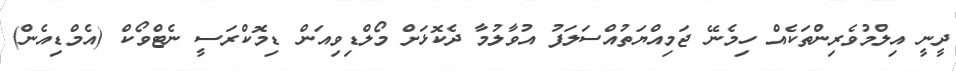
ދީނީ އިލްމުވެރިންތަކެއް ހިމެނޭ ޖަމިއްޔަތުއްސަލަފު އުވާލުމާ ދެކޮޅަށް މޯލްޑިވިއަން ޑިމޮކްރަސީ ނެޓްވޯކް (އެމްޑިއެން)